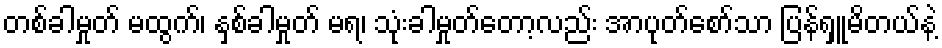
တစ်ခါမှုတ် မထွက်၊ နှစ်ခါမှုတ် မရ၊ သုံးခါမှုတ်တော့လည်း အာပုတ်စော်သာ ပြန်ရှူမိတယ်နဲ့